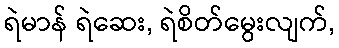
ရဲမာန် ရဲဆေး, ရဲစိတ်မွေးလျက်,